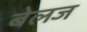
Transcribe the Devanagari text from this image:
बेलज